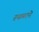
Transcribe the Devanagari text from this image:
स्थळाने